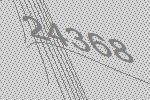
24368